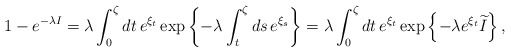
\begin{align*}1-e^{-\lambda I}=\lambda\int^{\zeta}_{0}dt\,e^{\xi_{t}}\exp\left\{-\lambda\int^{\zeta}_{t}ds\,e^{\xi_{s}}\right\}=\lambda\int^{\zeta}_{0}dt\,e^{\xi_{t}}\exp\left\{-\lambda e^{\xi_{t}}\widetilde{I}\right\},\end{align*}